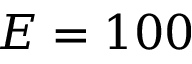
E = 1 0 0